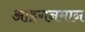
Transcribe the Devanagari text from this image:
आइगनमान